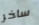
ساخر